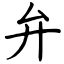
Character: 弁